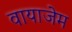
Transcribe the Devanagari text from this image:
वायाजेम